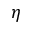
\eta